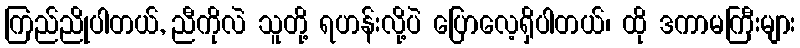
ကြည်ညိုပါတယ်, ညီကိုလဲ သူတို့ ရဟန်းလို့ပဲ ပြောလေ့ရှိပါတယ်၊ ထို ဒကာမကြီးများ